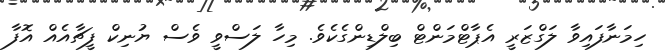
ހިމަނާފައިވާ ލަގްޒަރީ އެޕާޓްމަންޓް ބިލްޑިންގެކެވެ. މިހާ ލަސްވީ ވެސް ޔުނިކް ފީޗާއެއް އޮފާ